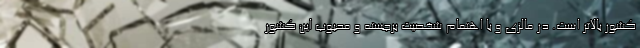
كشور بالاتر است. در مالزی و با اهتمام شخصیت برجسته و محبوب این کشور